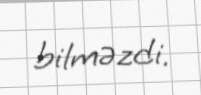
bilməzdi.